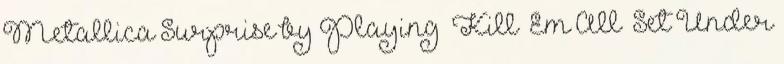
Metallica Surprise by Playing ‘Kill ‘Em All’ Set Under